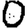
Digit: 0